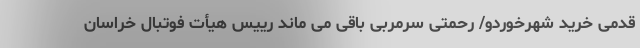
قدمی خرید شهرخوردو/ رحمتی سرمربی باقی می ماند رییس هیأت فوتبال خراسان